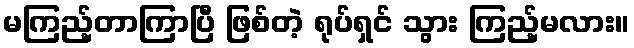
မကြည့်တာကြာပြီ ဖြစ်တဲ့ ရုပ်ရှင် သွား ကြည့်မလား။